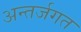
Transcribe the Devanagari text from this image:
अन्तर्जगत